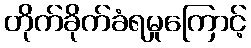
တိုက်ခိုက်ခံရမှုကြောင့်